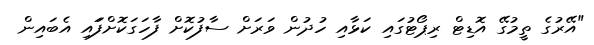
"އޭރުގެ ތީމުގޭ އޮޑިޓް ރިޕޯޓުގައި ކަޅާއި ހުދުން ވަރަށް ސާފުކޮށް ފާހަގަކޮށްފަައި އެބައިން